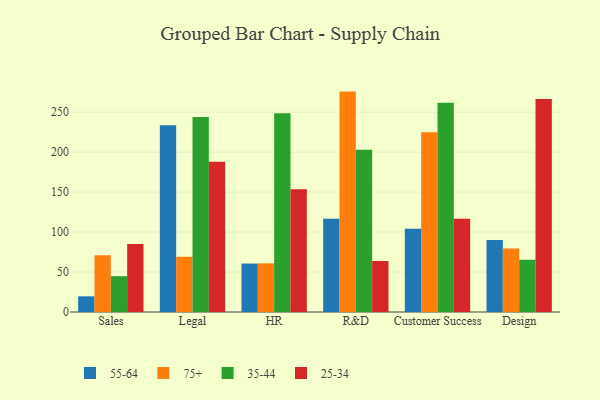
{"axis": {"x": "Department", "y": "Shipments"}, "legend": ["25-34", "35-44", "55-64", "75+"], "data": [{"x": "Sales", "y": 19.6, "type": "55-64"}, {"x": "Sales", "y": 71.1, "type": "75+"}, {"x": "Sales", "y": 44.8, "type": "35-44"}, {"x": "Sales", "y": 85.1, "type": "25-34"}, {"x": "Legal", "y": 233.5, "type": "55-64"}, {"x": "Legal", "y": 69.1, "type": "75+"}, {"x": "Legal", "y": 243.9, "type": "35-44"}, {"x": "Legal", "y": 187.9, "type": "25-34"}, {"x": "HR", "y": 60.6, "type": "55-64"}, {"x": "HR", "y": 60.9, "type": "75+"}, {"x": "HR", "y": 248.7, "type": "35-44"}, {"x": "HR", "y": 153.5, "type": "25-34"}, {"x": "R&D", "y": 116.6, "type": "55-64"}, {"x": "R&D", "y": 275.7, "type": "75+"}, {"x": "R&D", "y": 203.0, "type": "35-44"}, {"x": "R&D", "y": 63.9, "type": "25-34"}, {"x": "Customer Success", "y": 104.2, "type": "55-64"}, {"x": "Customer Success", "y": 224.8, "type": "75+"}, {"x": "Customer Success", "y": 261.6, "type": "35-44"}, {"x": "Customer Success", "y": 116.8, "type": "25-34"}, {"x": "Design", "y": 90.0, "type": "55-64"}, {"x": "Design", "y": 79.3, "type": "75+"}, {"x": "Design", "y": 65.3, "type": "35-44"}, {"x": "Design", "y": 266.4, "type": "25-34"}]}